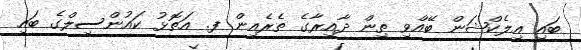
ބައި އިލެކްޝަން ބޭއްވި ތިން ދާއިރާގެ ތެރެއިން ފ. އަތޮޅު ކައުންސިލްގެ ބައި